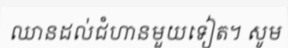
ឈានដល់ជំហានមួយទៀត។ សូម